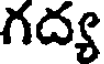
గద్య